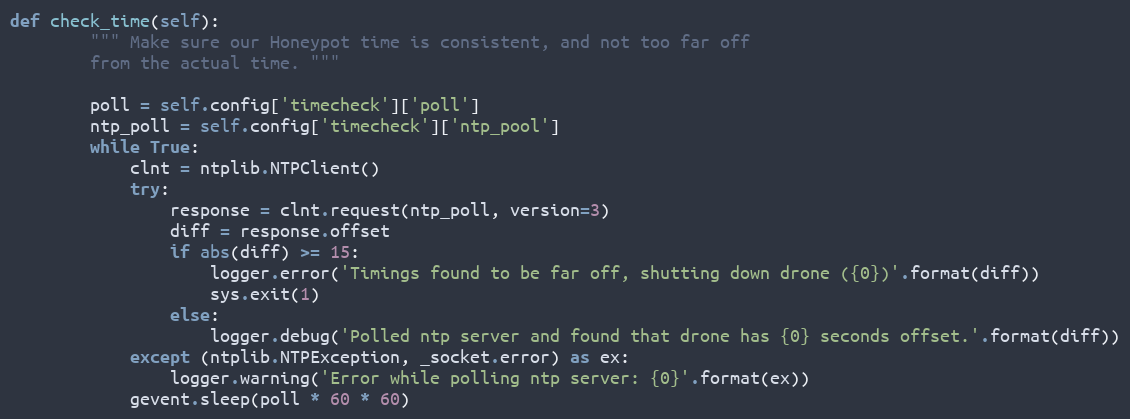
Language: Python
def check_time(self):
        """ Make sure our Honeypot time is consistent, and not too far off
        from the actual time. """

        poll = self.config['timecheck']['poll']
        ntp_poll = self.config['timecheck']['ntp_pool']
        while True:
            clnt = ntplib.NTPClient()
            try:
                response = clnt.request(ntp_poll, version=3)
                diff = response.offset
                if abs(diff) >= 15:
                    logger.error('Timings found to be far off, shutting down drone ({0})'.format(diff))
                    sys.exit(1)
                else:
                    logger.debug('Polled ntp server and found that drone has {0} seconds offset.'.format(diff))
            except (ntplib.NTPException, _socket.error) as ex:
                logger.warning('Error while polling ntp server: {0}'.format(ex))
            gevent.sleep(poll * 60 * 60)